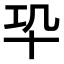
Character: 𠦕